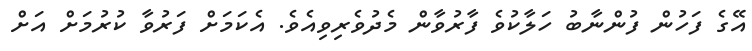
އޭގެ ފަހުން ފުންނާބު ހަލާކުވެ ފާރުވާން މެދުވެރިވިއެވެ. އެކަމަށް ފަރުވާ ކުރުމަށް އަށް